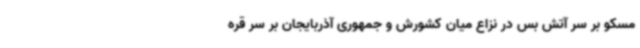
مسکو بر سر آتش بس در نزاع میان کشورش و جمهوری آذربایجان بر سر قره